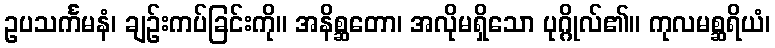
ဥပသင်္ကမနံ၊ ချဉ်းကပ်ခြင်းကို။ အနိစ္ဆတော၊ အလိုမရှိသော ပုဂ္ဂိုလ်၏။ ကုလမစ္ဆရိယံ၊